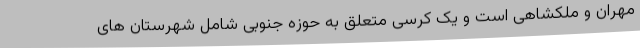
مهران و ملکشاهی است و یک کرسی متعلق به حوزه جنوبی شامل شهرستان های